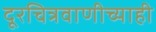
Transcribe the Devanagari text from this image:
दूरचित्रवाणीच्याही